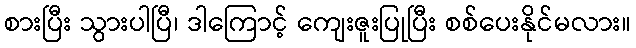
စားပြီး သွားပါပြီ၊ ဒါကြောင့် ကျေးဇူးပြုပြီး စစ်ပေးနိုင်မလား။